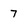
Character: 7